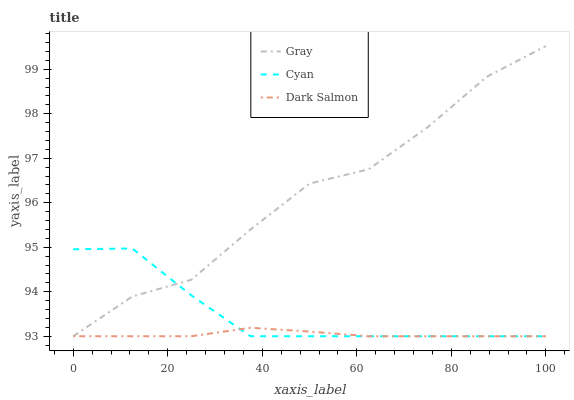
| xaxis_label | Gray | Cyan | Dark Salmon |
 | --- | --- | --- | --- |
 | 0 | 93 | 95 | 93 |
 | 12.5 | 93.9 | 95 | 93 |
 | 25 | 94.3 | 93.9 | 93 |
 | 37.5 | 95.4 | 93 | 93.2 |
 | 50 | 96.4 | 93 | 93.1 |
 | 62.5 | 96.8 | 93 | 93 |
 | 75 | 97.7 | 93 | 93 |
 | 87.5 | 98.8 | 93 | 93 |
 | 100 | 99.5 | 93 | 93 |